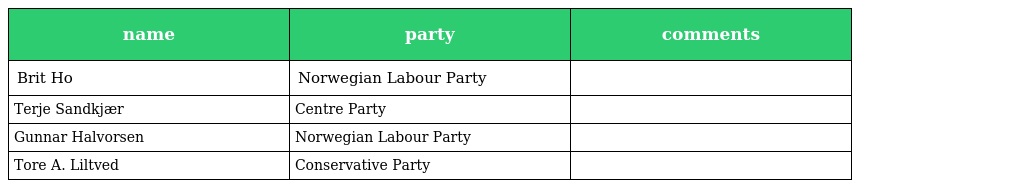
| name | party | comments |
 | --- | --- | --- |
 | Brit Ho | Norwegian Labour Party |  |
 | Terje Sandkjær | Centre Party |  |
 | Gunnar Halvorsen | Norwegian Labour Party |  |
 | Tore A. Liltved | Conservative Party |  |